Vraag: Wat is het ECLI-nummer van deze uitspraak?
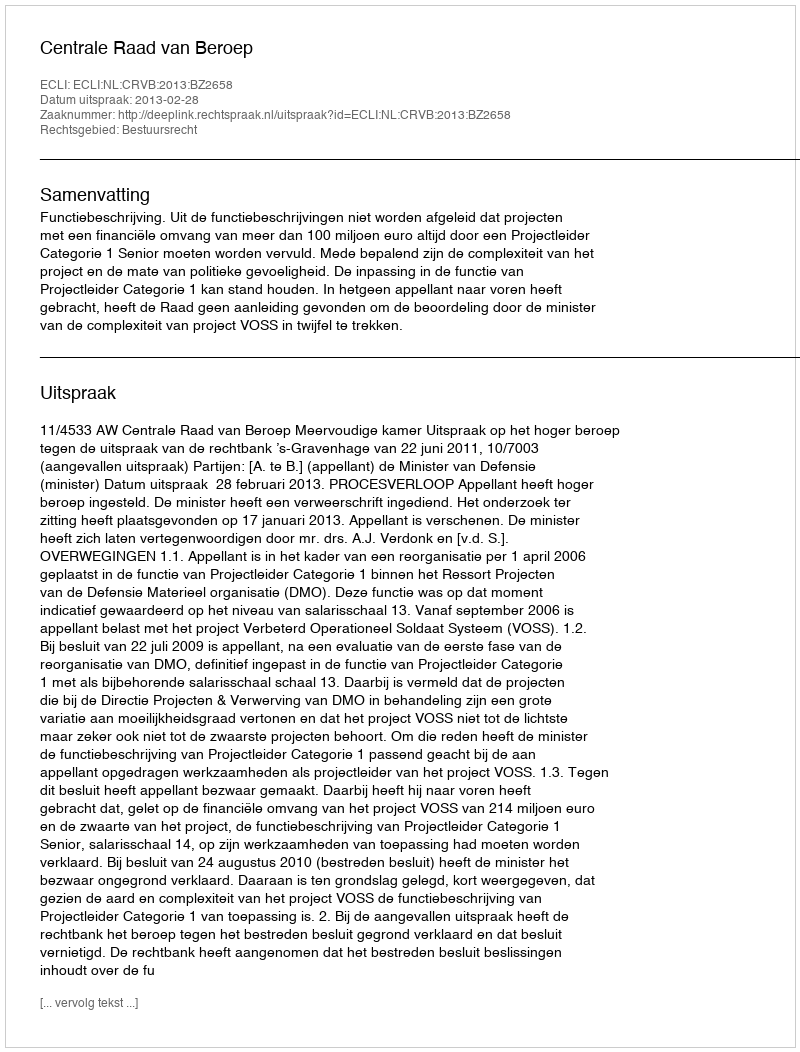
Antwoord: ECLI:NL:CRVB:2013:BZ2658